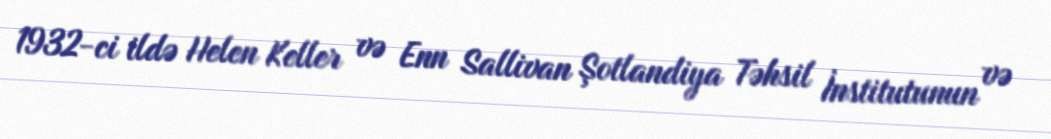
1932-ci ildə Helen Keller və Enn Sallivan Şotlandiya Təhsil İnstitutunun və